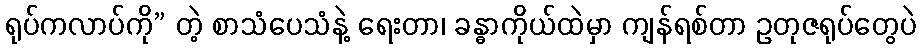
ရုပ်ကလာပ်ကို” တဲ့ စာသံပေသံနဲ့ ရေးတာ၊ ခန္ဓာကိုယ်ထဲမှာ ကျန်ရစ်တာ ဥတုဇရုပ်တွေပဲ